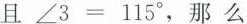
且$$∠ 3 = 1 1 5 °$$，那么